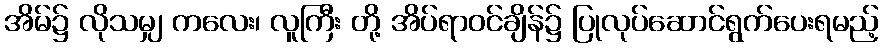
အိမ်၌ လိုသမျှ ကလေး၊ လူကြီး တို့ အိပ်ရာဝင်ချိန်၌ ပြုလုပ်ဆောင်ရွက်ပေးရမည့်